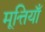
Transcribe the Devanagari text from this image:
मूत्तियाँ